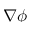
\nabla \phi